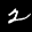
Label: 2